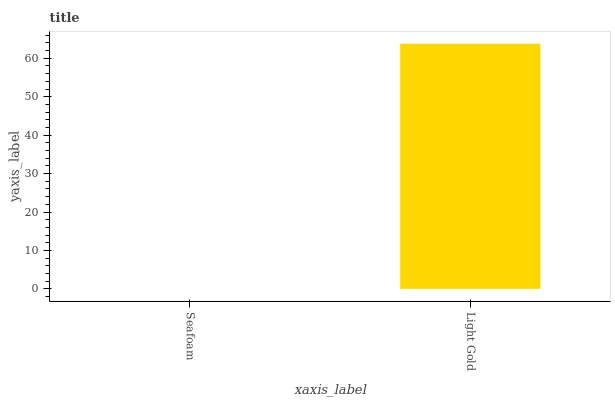
| xaxis_label | bars |
 | --- | --- |
 | Seafoam | 0 |
 | Light Gold | 63.8 |